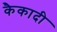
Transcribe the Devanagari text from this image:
कैकादी